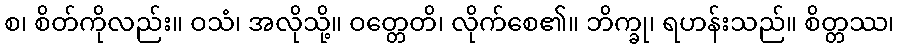
စ၊ စိတ်ကိုလည်း။ ဝသံ၊ အလိုသို့။ ဝတ္တေတိ၊ လိုက်စေ၏။ ဘိက္ခု၊ ရဟန်းသည်။ စိတ္တဿ၊